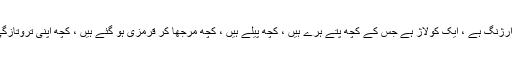
زندگی کا درخت جسے پرانے نارویجن اِگدراسیل کہتے ہیں ، ایک ارژنگ ہے ، ایک کولاژ ہے جس کے کچھ پتے ہرے ہیں ، کچھ پیلے ہیں ، کچھ مرجھا کر قرمزی ہو گئے ہیں ، کچھ اپنی تروتازگی میں خوبصورت دکھائی دیتے ہیں اور کچھ بیمار اور پھربھرے ۔